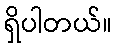
ရှိပါတယ်။